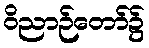
ဝိညာဉ်တော်၌